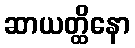
ဆာယတ္ထိနော